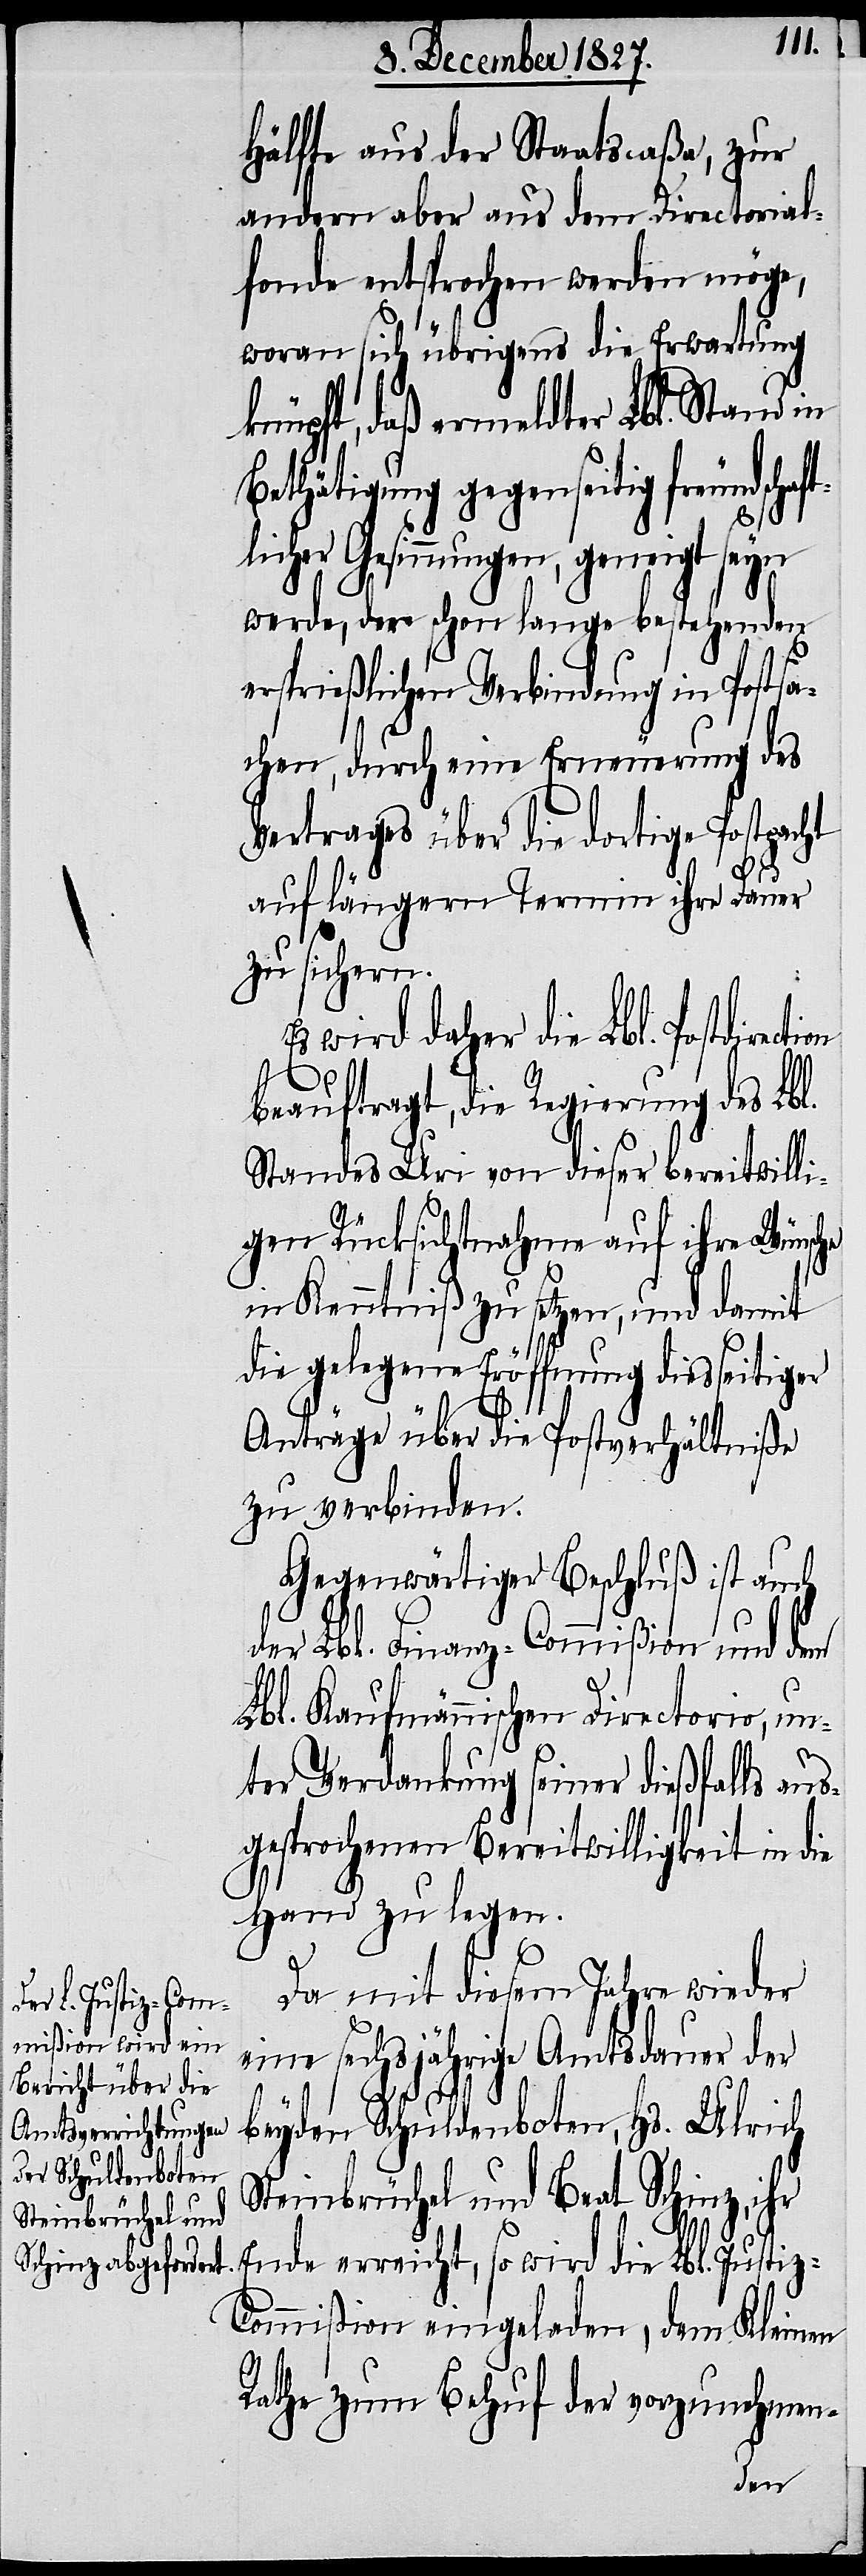
Hälfte aus der Staatscaßa, zur
andern aber aus dem Directorial¬
fonde entsprochen werden möge,
woran sich übrigens die Erwartung
knüpft, daß ermeldter Lbl. Stand in
Bethätigung gegenseitig freundscha¬
licher Gesinnungen, geneigt seyn
werde, der schon lange bestehenden
ersprießlichen Verbindung in Postsa¬
chen, durch eine Erneuerung des
Vertrages über die dortige Postpacht
ction
auf längern Termin ihre Dauer
zu sichern.
Es wird daher die Lbl. Postdire¬
beauftragt, die Regierung des Lbl.
Standes Uri von dieser bereitwilli¬
gen Rücksichtnahme auf ihre Wünsche
in Kenntniß zu setzen, und damit
die gelegene Eröffnung diesseitiger
Anträge über die Postverhältniße
zu verbinden.
Gegenwärtiger Beschluß ist auch
der Lbl. Finanz-Commißion und dem
Lbl. Kaufmännischen Directorio, un¬
ter Verdankung seiner dießfalls aus¬
gesprochenen Bereitwilligkeit in die
Hand zu legen.
Da mit diesem Jahre wieder
eine sechsjährige Amtsdauer der
beyden Schuldenboten, Hs. Ulrich
Steinbrüchel und Beat Schinz, ihr
Ende erreicht, so wird die Lbl. Justiz-C¬
ommißion eingeladen, dem Kleinen
Rathe zum Behuf der vorzunehmen-